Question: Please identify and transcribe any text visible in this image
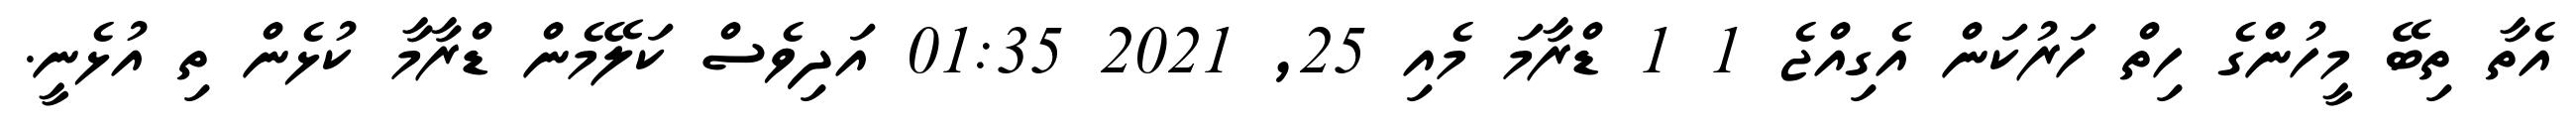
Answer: އެތާ ތިބޭ މީހުންގެ ހިތް ހަރުކަން އެގިއްޖެ 1 1 ޑްރާމަ މެއި 25, 2021 01:35 އަދިވެސް ކަލޭމެން ޑްރާމާ ކުޅެން ތި އުޅެނީ.